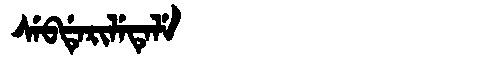
Manchu: ᠰᡝᠪᡩᡝᡵᡳᠯᡝᡨᡝᠯᡝ
Romanization: SEBDERILETELE